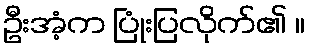
ဦးအံ့က ပြုံးပြလိုက်၏ ။